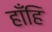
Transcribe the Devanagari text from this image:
हाँहि